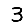
Digit: 3